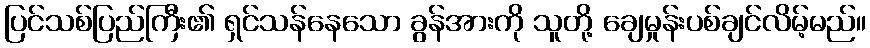
ပြင်သစ်ပြည်ကြီး၏ ရှင်သန်နေသော ခွန်အားကို သူတို့ ချေမှုန်းပစ်ချင်လိမ့်မည်။